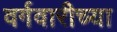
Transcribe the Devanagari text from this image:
वर्गवारीच्या